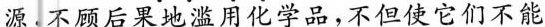
源不顾后果地滥用化学品，不但使它们不能